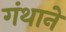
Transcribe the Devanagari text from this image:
गंथाने